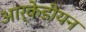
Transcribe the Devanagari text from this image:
आर्केडीयन